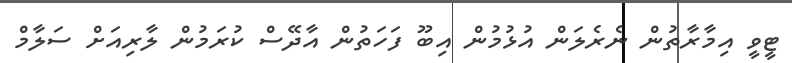
ޓީވީ އިމާރާތުން ނެރެލަން އުޅުމުން އިބޫ ފަހަތުން އާދޭސް ކުރަމުން ލާރިއަށް ސަލާމް